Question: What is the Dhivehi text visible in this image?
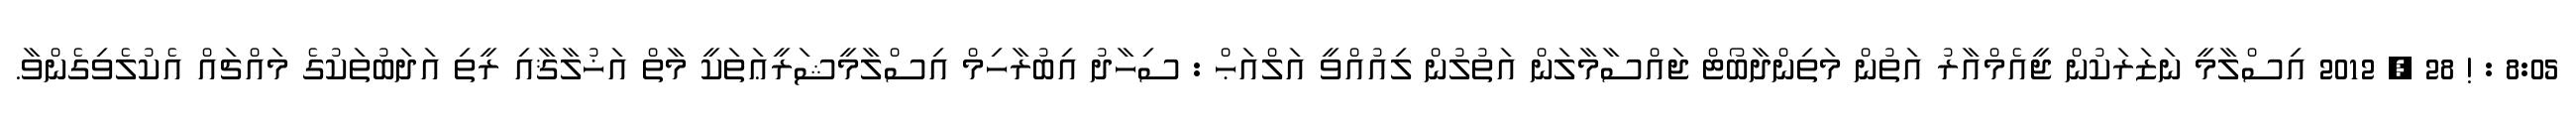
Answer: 8:05 : ! 28 , 2012 އިސްލާމީ ނަޒަރަކުން ޖީއެމްއާރު އަތުން މަތިންދާބޯޓް ޖައްސާމާލަން އަތުލުން ލިއުއްވީ އަލްއަޙް : ސިހާދު އިބުރާހިމް އިސްލާމީޝަރީޢަތަކީ މާތް އަޚުލާޤާއި ރީތި އަދަބުތަކުގެ މައްޗައް އެކުލެވިގެންވާ.